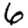
Digit: 6